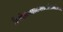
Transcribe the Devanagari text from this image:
किसीसदस्यकानामलेकरउसेअवकारीबताना